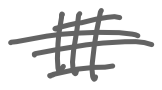
Text: III
Cross-out: double-line
Writing tool: digital_gray